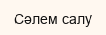
Сәлем салу